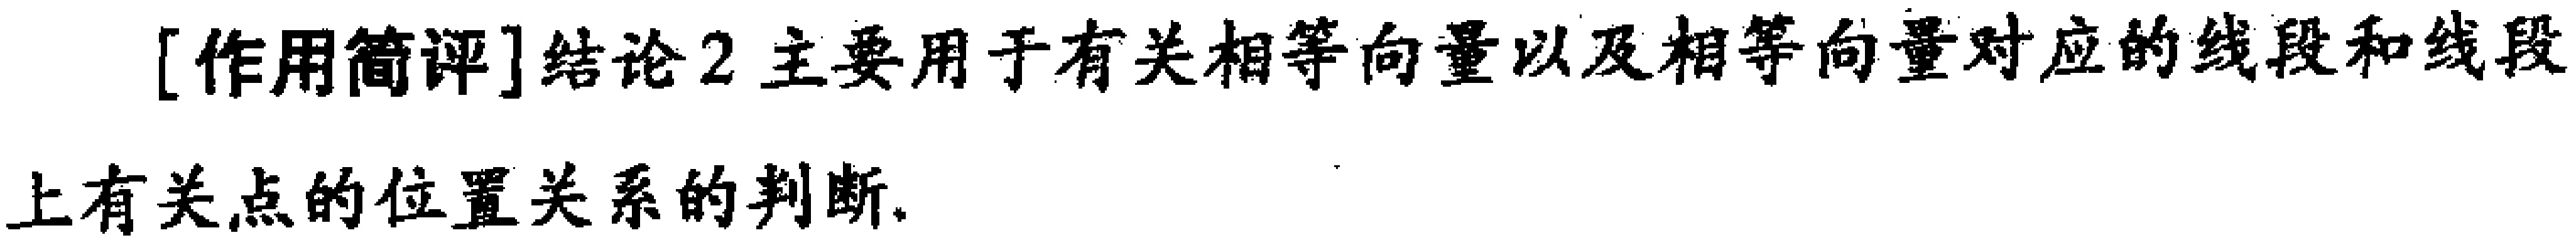
[作用简评]结论2 主要用于有关相等向量以及相等向量对应的线段和线段上有关点的位置关系的判断.